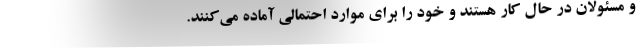
و مسئولان در حال کار هستند و خود را برای موارد احتمالی آماده می‌کنند.